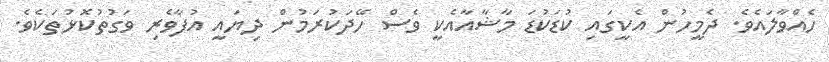
ހެއްވާލައެވެ. ދެމީހުން އެކީގައި ކުޑަކުޑަ މާޝާއާއެކީ ވެސް ހޭދަކުރަމުން ދިޔައީ އުފާވެރި ވަގުތުކޮޅުތަކެވެ.